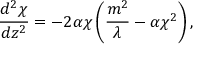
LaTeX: \frac { d ^ { 2 } \chi } { d z ^ { 2 } } = - 2 \alpha \chi \left( \frac { m ^ { 2 } } { \lambda } - \alpha \chi ^ { 2 } \right) ,